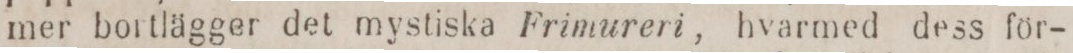
mer bortlägger det mystiska Frimureri, hvarmed dess för-